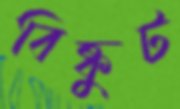
বিষ্কুট